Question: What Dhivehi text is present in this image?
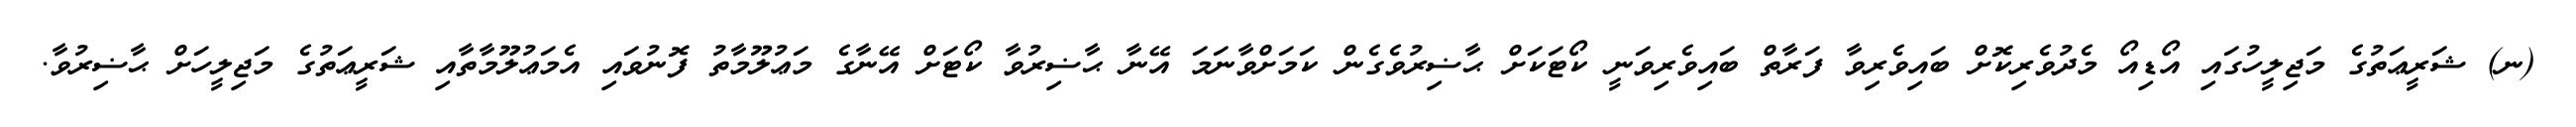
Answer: (ނ) ޝަރީޢަތުގެ މަޖިލީހުގައި އޯޑިއޯ މެދުވެރިކޮށް ބައިވެރިވާ ފަރާތް ބައިވެރިވަނީ ކޯޓަކަށް ޙާޟިރުވެގެން ކަމަށްވާނަމަ އޭނާ ޙާޟިރުވާ ކޯޓަށް އޭނާގެ މަޢުލޫމާތު ފޮނުވައި އެމަޢުލޫމާތާއި ޝަރީޢަތުގެ މަޖިލީހަށް ޙާޟިރުވާ.